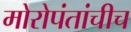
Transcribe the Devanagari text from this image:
मोरोपंतांचीच